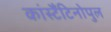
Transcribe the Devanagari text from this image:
कांस्टैंटिनोपुल